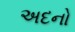
અદનો